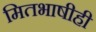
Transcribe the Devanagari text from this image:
मितभाषीही